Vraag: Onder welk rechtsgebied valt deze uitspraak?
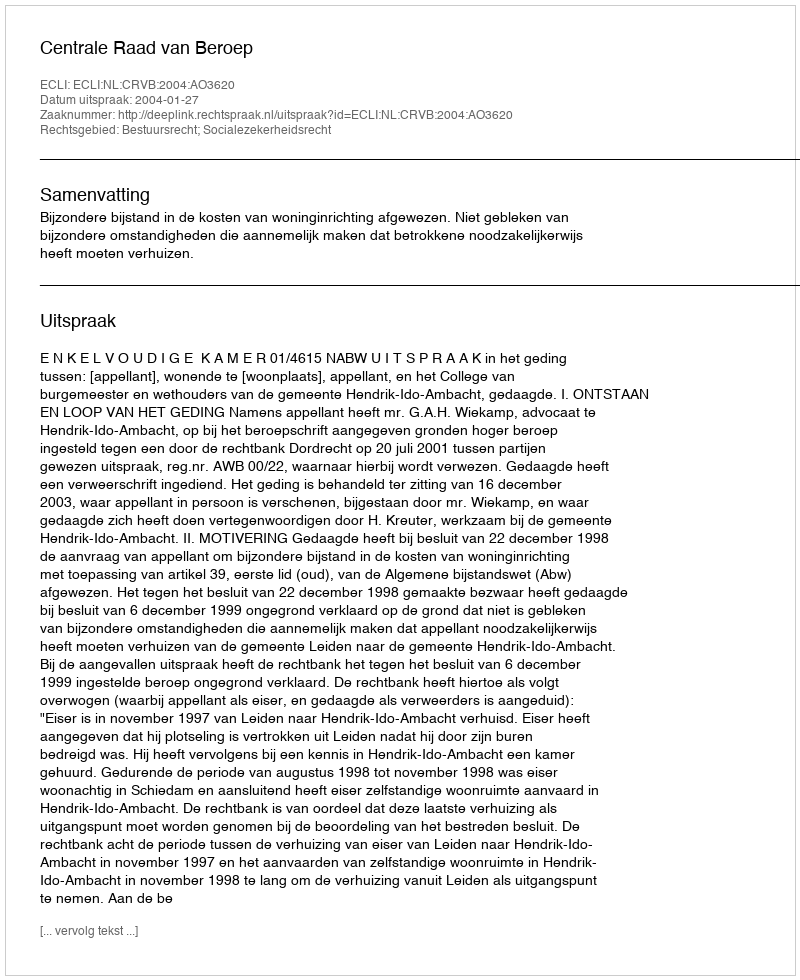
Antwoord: Bestuursrecht; Socialezekerheidsrecht